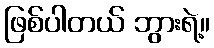
ဖြစ်ပါတယ် ဘွားရဲ့။